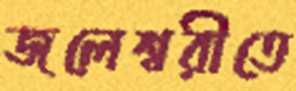
জলেশ্বরীতে